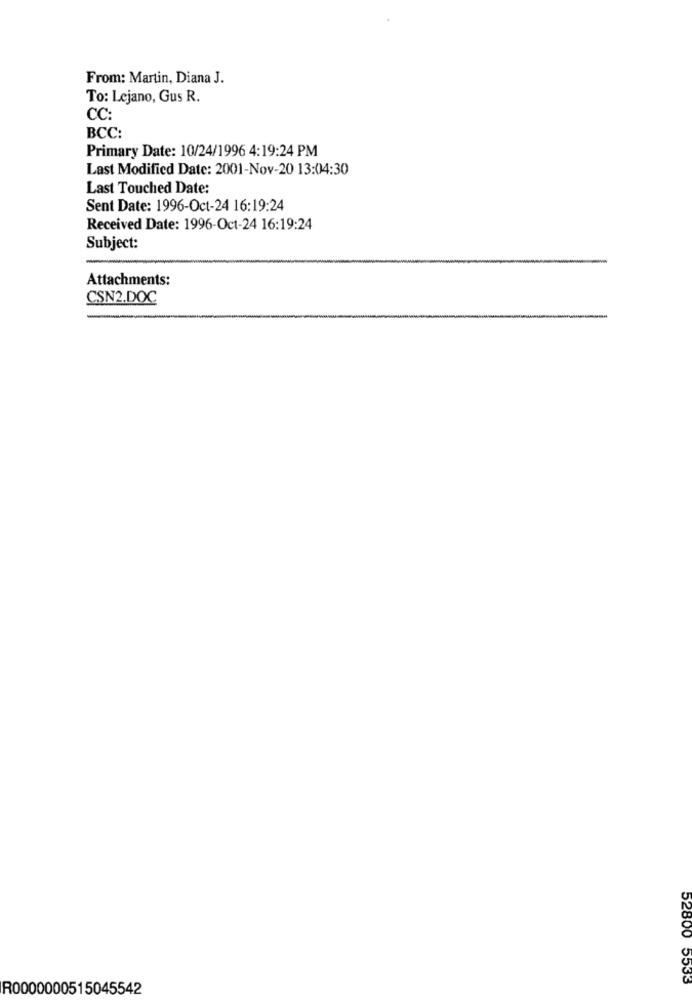
From: Martin, Diana J.
To: Lejano, Gus R.
CC:
BCC:
Primary Date: 10/24/1996 4:19:24 PM
Last Modified Date: 2001-Nov-20 13:04:30
Last Touched Date:
Sent Date: 1996-Oct-24 16:19:24
Received Date: 1996-Oct-24 16:19:24
Subject:
Attachments:
CSN2.DOC
52800 5533
R0000000515045542